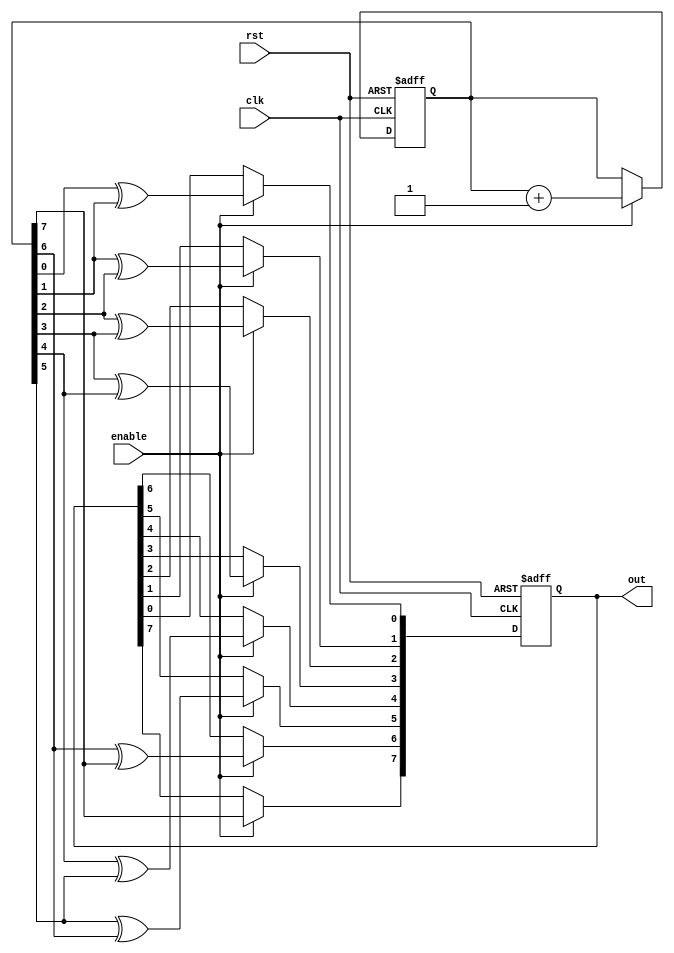
/* generic gray counter */
module gray # (
	/* counter bit width */
	parameter WIDTH = 8
)
(
	/* clock reset enable, signals */
	input wire clk, rst, enable,
	/* gray counter output */
	output reg [WIDTH-1:0] out
);

/* binary counter */
reg [WIDTH-1:0] cnt;
/* used for xor generation */
integer i;

/* synchronous logic */
always @ (posedge clk or posedge rst)
begin
	/* reset */
	if (rst) begin
		out <= 0; cnt <= 1;
	/* normal operation */
	end else if (enable) begin
		/* increment counter */
		cnt <= cnt + 1'b1;
		/* msb mimics the counter */
		out[WIDTH - 1] <= cnt[WIDTH-1];
		/* generate xors */
		for (i = 0; i < WIDTH-1; i = i + 1) 
			out[i] <= cnt[i] ^ cnt[i+1];
	end
end

endmodule